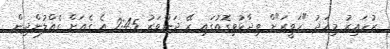
ޒުހައިރު މިއަދު "ހަވީރަ"ށް ވިދާޅުވިގޮތުގައި ރޭ ދަންވަރު 2:45 އެ ގެއަށް ގެއްލުންދިން